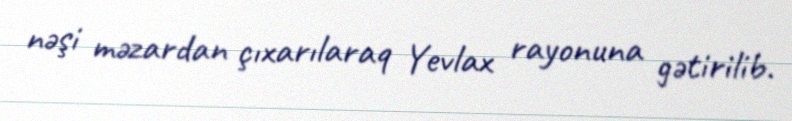
nəşi məzardan çıxarılaraq Yevlax rayonuna gətirilib.